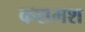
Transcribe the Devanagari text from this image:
कशमश